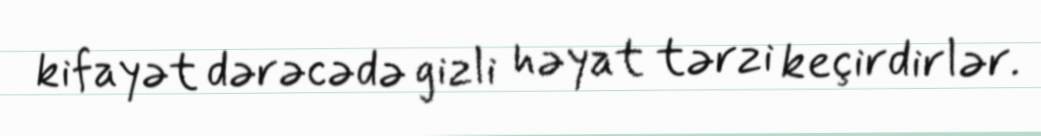
kifayət dərəcədə gizli həyat tərzi keçirdirlər.